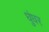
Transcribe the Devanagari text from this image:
धुंधर